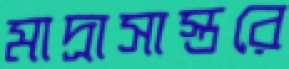
মাদ্রাসাস্তরে